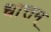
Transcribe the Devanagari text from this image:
धात्तम्‌